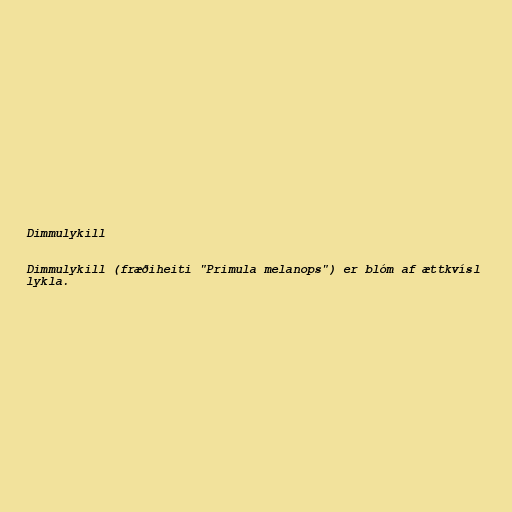
Dimmulykill

Dimmulykill (fræðiheiti "Primula melanops") er blóm af ættkvísl
lykla.